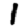
Digit: 1